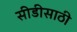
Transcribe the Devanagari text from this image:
सीडीसाठी